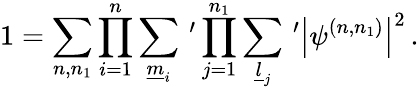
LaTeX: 1=\sum_{n,n_{1}}\prod_{i=1}^{n}\sum_{\underline{{{m}}}_{i}}\, ^{\prime}\prod_{j=1}^{n_{1}}\sum_{\underline{{{l}}}_{j}}\, ^{\prime}\left|\psi^{(n,n_{1})}\right|^{2}\, .